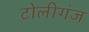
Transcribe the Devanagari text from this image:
टोलीगंज